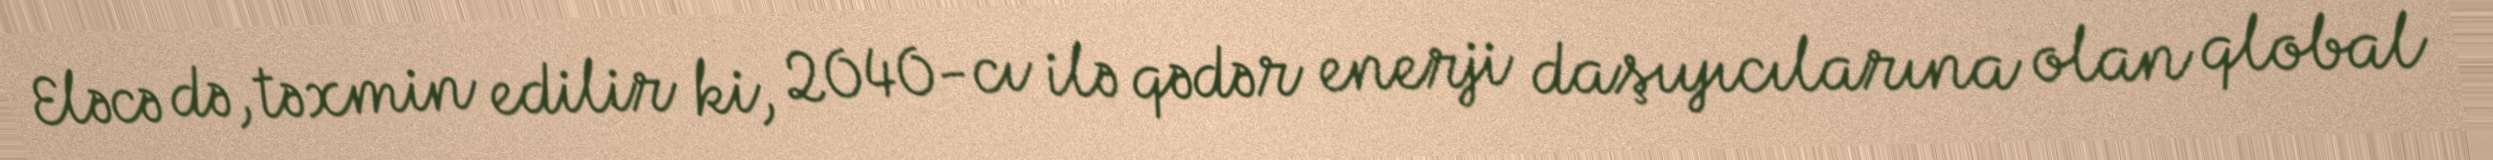
Eləcə də, təxmin edilir ki, 2040-cı ilə qədər enerji daşıyıcılarına olan qlobal